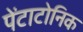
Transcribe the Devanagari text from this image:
पेंटाटोनिक